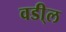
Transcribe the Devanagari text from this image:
वडी्ल